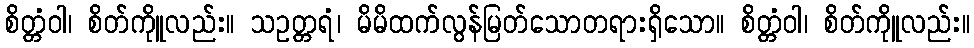
စိတ္တံဝါ၊ စိတ်ကိုူလည်း။ သဥတ္တရံ၊ မိမိထက်လွန်မြတ်သောတရားရှိသော။ စိတ္တံဝါ၊ စိတ်ကိုူလည်း။